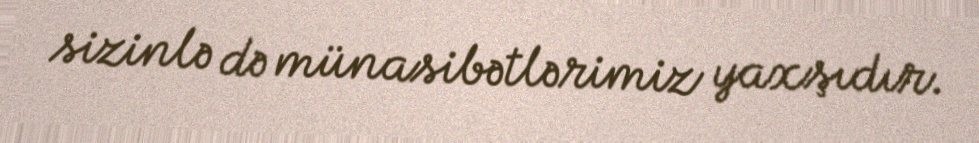
sizinlə də münasibətlərimiz yaxşıdır.